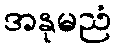
အနုမညံ